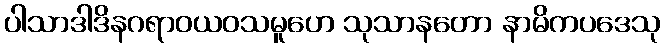
ပါသာဒါဒိနဂရာဝယဝသမူဟေ သုသာနတော နာမိကပဒေသု